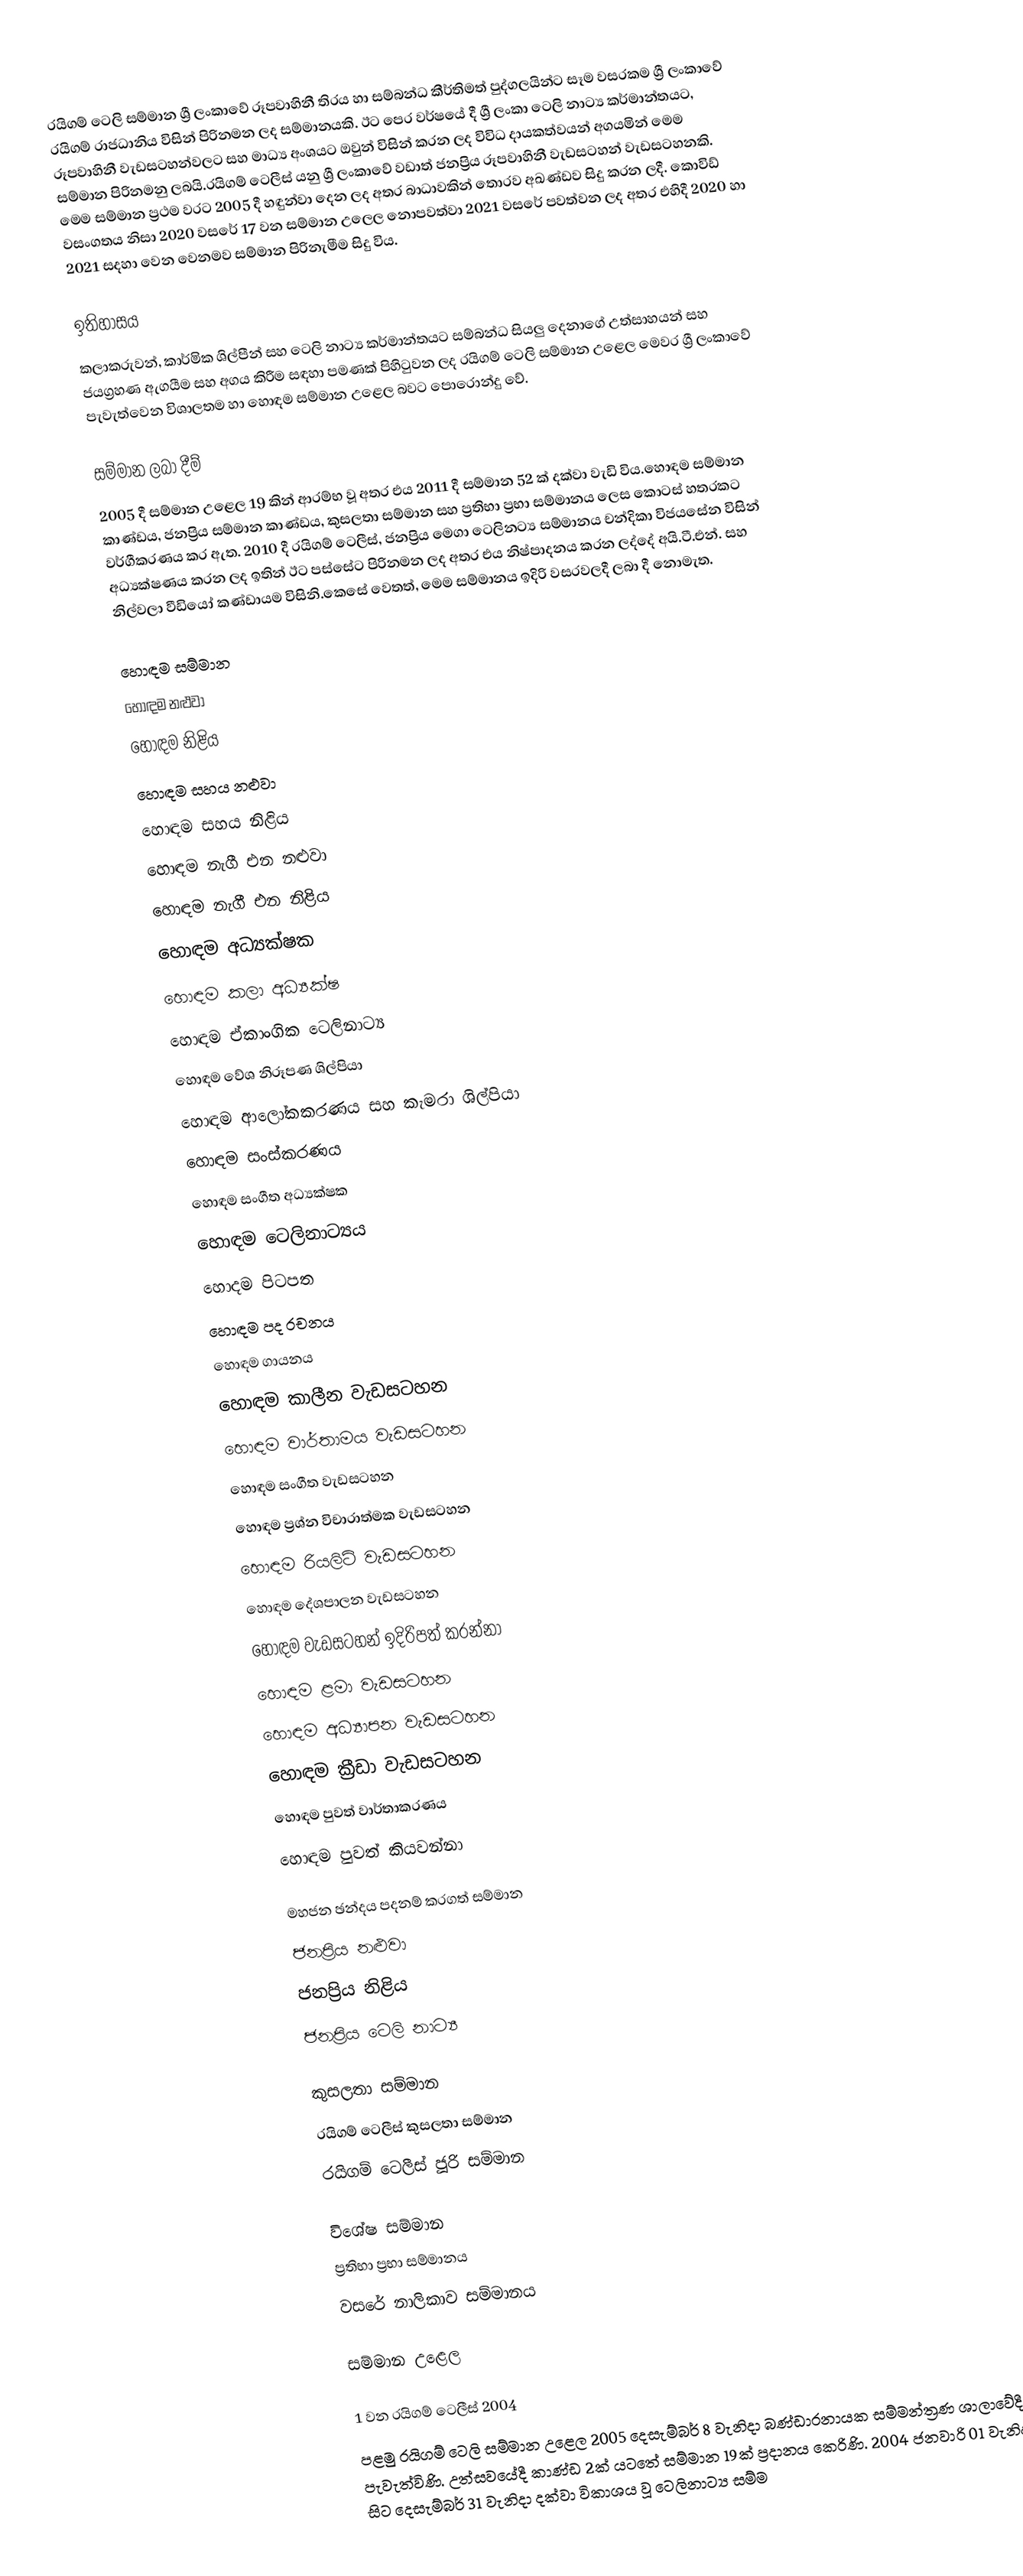
රයිගම් ටෙලි සම්මාන ශ්‍රී ලංකාවේ රූපවාහිනී තිරය හා සම්බන්ධ කීර්තිමත් පුද්ගලයින්ට සෑම වසරකම ශ්‍රී ලංකාවේ රයිගම් රාජධානිය විසින් පිරිනමන ලද සම්මානයකි. ඊට පෙර වර්ෂයේ දී ශ්‍රී ලංකා ටෙලි නාට්‍ය කර්මාන්තයට, රූපවාහිනී වැඩසටහන්වලට සහ මාධ්‍ය අංශයට ඔවුන් විසින් කරන ලද විවිධ දායකත්වයන් අගයමින් මෙම සම්මාන පිරිනමනු ලබයි.රයිගම් ටෙලීස් යනු ශ්‍රී ලංකාවේ වඩාත් ජනප්‍රිය රූපවාහිනී වැඩසටහන් වැඩසටහනකි. මෙම සම්මාන ප්‍රථම වරට 2005 දී හඳුන්වා දෙන ලද අතර බාධාවකින් තොරව අඛණ්ඩව සිදු කරන ලදී. කොවිඩ් වසංගතය නිසා 2020 වසරේ 17 වන සම්මාන උලෙල නොපවත්වා 2021 වසරේ පවත්වන ලද අතර එහිදී 2020 හා 2021 සදහා වෙන වෙනමව සම්මාන පිරිනැමීම සිදු විය.

ඉතිහාසය
කලාකරුවන්, කාර්මික ශිල්පීන් සහ ටෙලි නාට්‍ය කර්මාන්තයට සම්බන්ධ සියලු දෙනාගේ උත්සාහයන් සහ ජයග්‍රහණ ඇගයීම සහ අගය කිරීම සඳහා පමණක් පිහිටුවන ලද රයිගම් ටෙලි සම්මාන උළෙල මෙවර ශ්‍රී ලංකාවේ පැවැත්වෙන විශාලතම හා හොඳම සම්මාන උළෙල බවට පොරොන්දු වේ.

සම්මාන ලබා දීම්
2005 දී සම්මාන උළෙල 19 කින් ආරම්භ වූ අතර එය 2011 දී සම්මාන 52 ක් දක්වා වැඩි විය.හොඳම සම්මාන කාණ්ඩය, ජනප්‍රිය සම්මාන කාණ්ඩය, කුසලතා සම්මාන සහ ප්‍රතිභා ප්‍රභා සම්මානය ලෙස කොටස් හතරකට වර්ගීකරණය කර ඇත.  2010 දී රයිගම් ටෙලීස්, ජනප්‍රිය මෙගා ටෙලිනට්‍ය සම්මානය චන්දිකා විජයසේන විසින් අධ්‍යක්ෂණය කරන ලද ඉතින් ඊට පස්සේට පිරිනමන ලද අතර එය නිෂ්පාදනය කරන ලද්දේ අයි.ටී.එන්. සහ නිල්වලා වීඩියෝ කණ්ඩායම විසිනි.කෙසේ වෙතත්, මෙම සම්මානය ඉදිරි වසරවලදී ලබා දී නොමැත.

හොඳම සම්මාන
 හොඳම නළුවා
 හොඳම නිළිය
 හොඳම සහය නළුවා
 හොඳම සහය නිළිය
 හොඳම නැගී එන නළුවා
 හොඳම නැගී එන නිළිය
 හොඳම අධ්‍යක්ෂක
 හොඳම කලා අධ්‍යක්ෂ
 හොඳම ඒකාංගික ටෙලිනාට්‍ය
 හොඳම වේශ නිරූපණ ශිල්පියා
 හොඳම ආලෝකකරණය සහ කැමරා ශිල්පියා
 හොඳම සංස්කරණය
 හොඳම සංගීත අධ්‍යක්ෂක
 හොඳම ටෙලිනාට්‍යය
 හොදම පිටපත
 හොඳම පද රචනය
 හොඳම ගායනය
 හොඳම කාලීන වැඩසටහන
 හොඳම වාර්තාමය වැඩසටහන
 හොඳම සංගීත වැඩසටහන
 හොඳම ප්‍රශ්න විචාරාත්මක වැඩසටහන
 හොඳම රියලිටි වැඩසටහන
 හොඳම දේශපාලන වැඩසටහන
 හොඳම වැඩසටහන් ඉදිරිපත් කරන්නා
 හොඳම ළමා වැඩසටහන
 හොඳම අධ්‍යාපන වැඩසටහන
 හොඳම ක්‍රීඩා වැඩසටහන
 හොඳම පුවත් වාර්තාකරණය
 හොඳම පුවත් කියවන්නා

මහජන ඡන්දය පදනම් කරගත් සම්මාන
 ජනප්‍රිය නළුවා
 ජනප්‍රිය නිළිය
 ජනප්‍රිය ටෙලි නාට්‍ය

කුසලතා සම්මාන
 රයිගම් ටෙලීස් කුසලතා සම්මාන
 රයිගම් ටෙලීස් ජූරි සම්මාන

විශේෂ සම්මාන
 ප්‍රතිභා ප්‍රභා සම්මානය
 වසරේ නාලිකාව සම්මානය

සම්මාන උළෙල

1 වන රයිගම් ටෙලීස් 2004
පළමු රයිගම් ටෙලි සම්මාන උළෙල 2005 දෙසැම්බර් 8 වැනිදා බණ්ඩාරනායක සම්මන්ත්‍රණ ශාලාවේදී පැවැත්විණි. උත්සවයේදී කාණ්ඩ 2ක් යටතේ සම්මාන 19ක් ප්‍රදානය කෙරිණි. 2004 ජනවාරි 01 වැනිදා සිට දෙසැම්බර් 31 වැනිදා දක්වා විකාශය වූ ටෙලිනාට්‍ය සම්ම